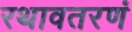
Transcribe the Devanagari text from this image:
रथावतरणं